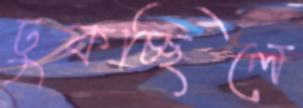
ঢুকচ্ছিলে